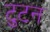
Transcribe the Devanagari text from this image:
टुटन